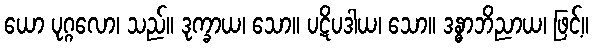
ယော ပုဂ္ဂလော၊ သည်။ ဒုက္ခာယ၊ သော။ ပဋိပဒါယ၊ သော။ ဒန္ဓာဘိညာယ၊ ဖြင့်။